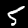
Label: 5